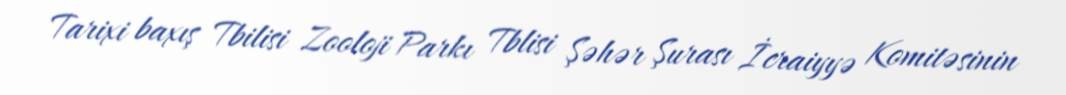
Tarixi baxış Tbilisi Zooloji Parkı Tblisi Şəhər Şurası İcraiyyə Komitəsinin